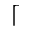
\lceil